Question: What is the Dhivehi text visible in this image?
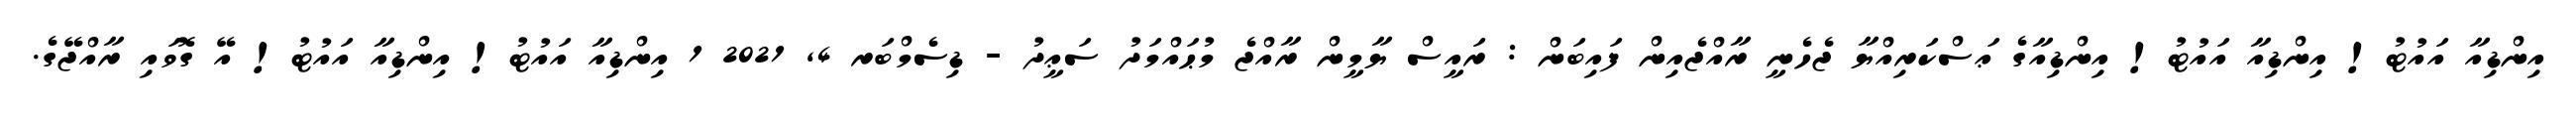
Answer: އިންޑިއާ އައުޓު! އިންޑިއާ އައުޓު! އިންޑިއާގެ ޢަސްކަރިއްޔާ ޖެހެނީ ރާއްޖެއިން ފައިބަން : ރައީސް ޔާމީން ރާއްޖެ މުޙައްމަދު ސަޢީދު - ޑިސެމްބަރ 4, 2021 1 އިންޑިއާ އައުޓު! އިންޑިއާ އައުޓު! އޭ ގޮވައި ރާއްޖޭގެ.